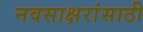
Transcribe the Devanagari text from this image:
नवसाक्षरांसाठी